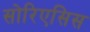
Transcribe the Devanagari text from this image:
सोरिएसिस